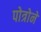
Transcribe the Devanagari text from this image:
पोत्रोने